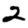
Digit: 2